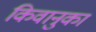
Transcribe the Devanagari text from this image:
किवानुका